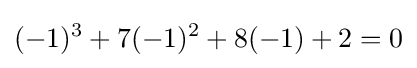
(-1)^{3}+7(-1)^{2}+8(-1)+2=0